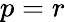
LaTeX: p=r